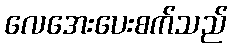
လေအေးပေးစက်သည်